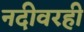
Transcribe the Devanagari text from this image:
नदीवरही